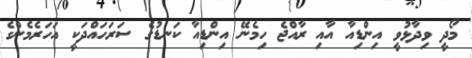
މޯދީ ވިދާޅުވީ އިންޑިއާ އާއި ރާއްޖެ ހިމެނޭ އިންޑިއާ ކަނޑުގެ ސަރަހައްދަކީ އަހަރެމެންގެ